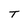
Character: T